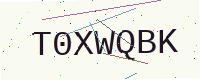
Text: T0XWQBK